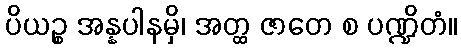
ပိယဉ္စ အန္နပါနမှိ၊ အတ္ထ ဇာတေ စ ပဏ္ဍိတံ။